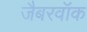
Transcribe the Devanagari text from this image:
जैबरवॉक